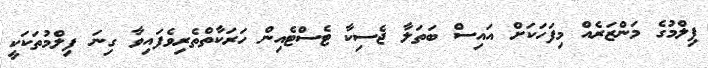
ފިލްމުގެ މަންޒަރެއް މިފަހަކަށް އައިސް ބަތަލާ ޖެސިކާ ޓެސްޓެއިން ހަރަކާތްތެރިވެފައިވާ ގިނަ ފިލްމުތަކަކީ